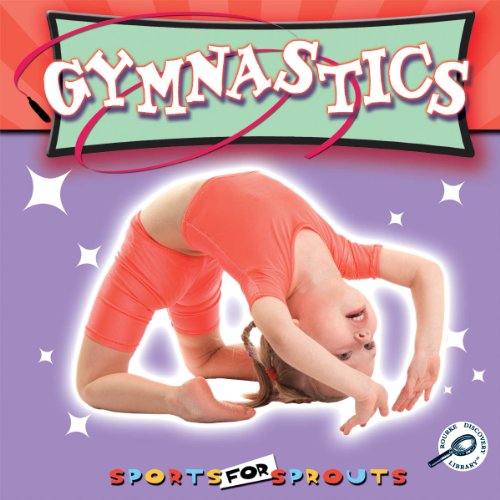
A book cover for Gymnastics (Sports for Sprouts); Holly Karapetkova; Children's Books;